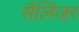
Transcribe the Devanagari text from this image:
सैलिंजर